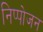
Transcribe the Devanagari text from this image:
निप्‍पोजन